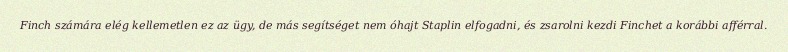
Finch számára elég kellemetlen ez az ügy, de más segítséget nem óhajt Staplin elfogadni, és zsarolni kezdi Finchet a korábbi afférral.